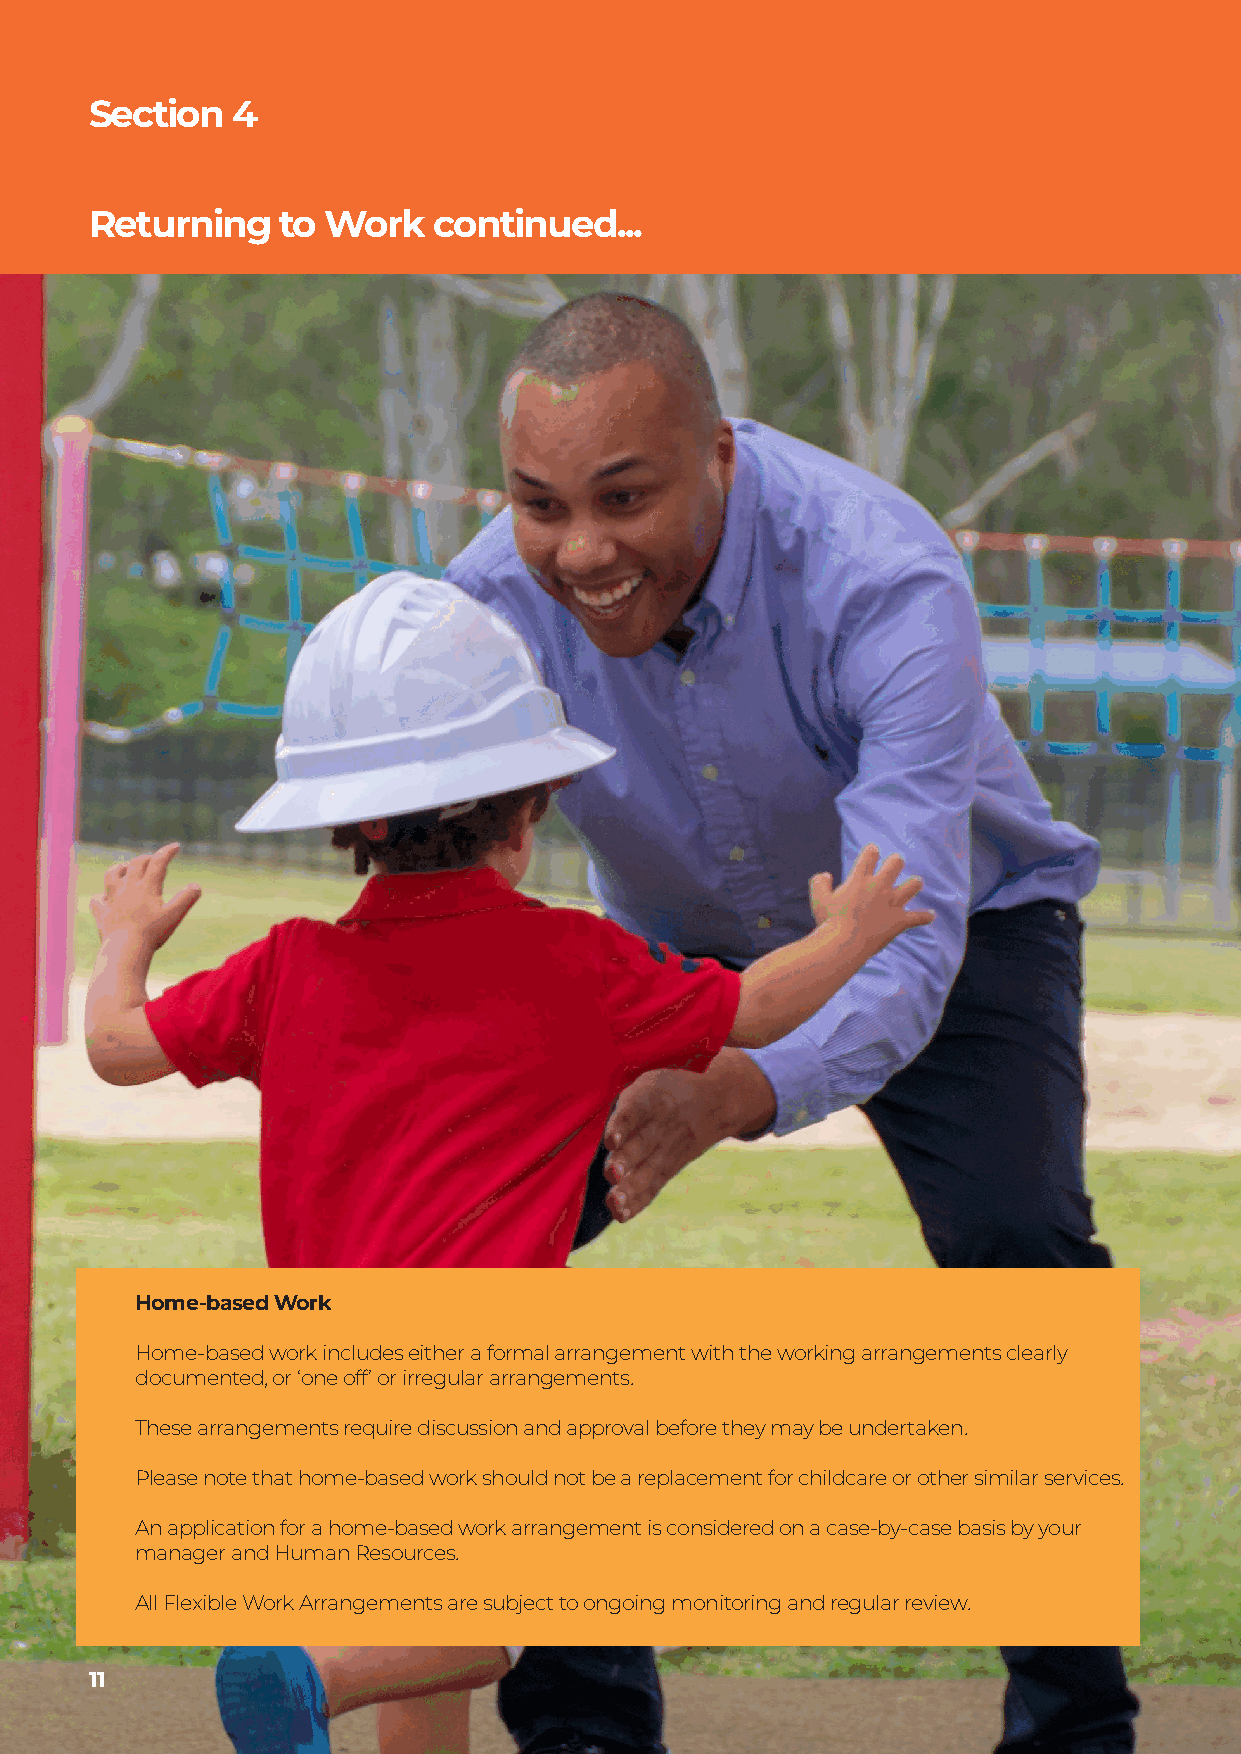
Section  4
 Returning   to Work    continued...
 Home-based Work
 Home-based work includes either a formal arrangement with the working arrangements clearly
 documented, or ‘one off’ or irregular arrangements.
 These arrangements require discussion and approval before they may be undertaken.
 Please note that home-based work should not be a replacement for childcare or other similar services.
 An application for a home-based work arrangement is considered on a case-by-case basis by your
 manager and Human Resources.
 All Flexible Work Arrangements are subject to ongoing monitoring and regular review.
 11